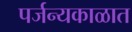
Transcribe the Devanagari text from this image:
पर्जन्यकाळात